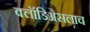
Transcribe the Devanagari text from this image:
क्लॉडिअसलाच